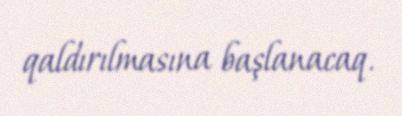
qaldırılmasına başlanacaq.